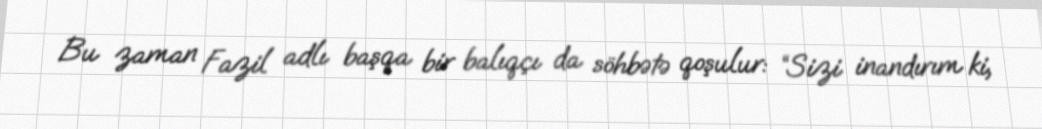
Bu zaman Fazil adlı başqa bir balıqçı da söhbətə qoşulur: “Sizi inandırım ki,